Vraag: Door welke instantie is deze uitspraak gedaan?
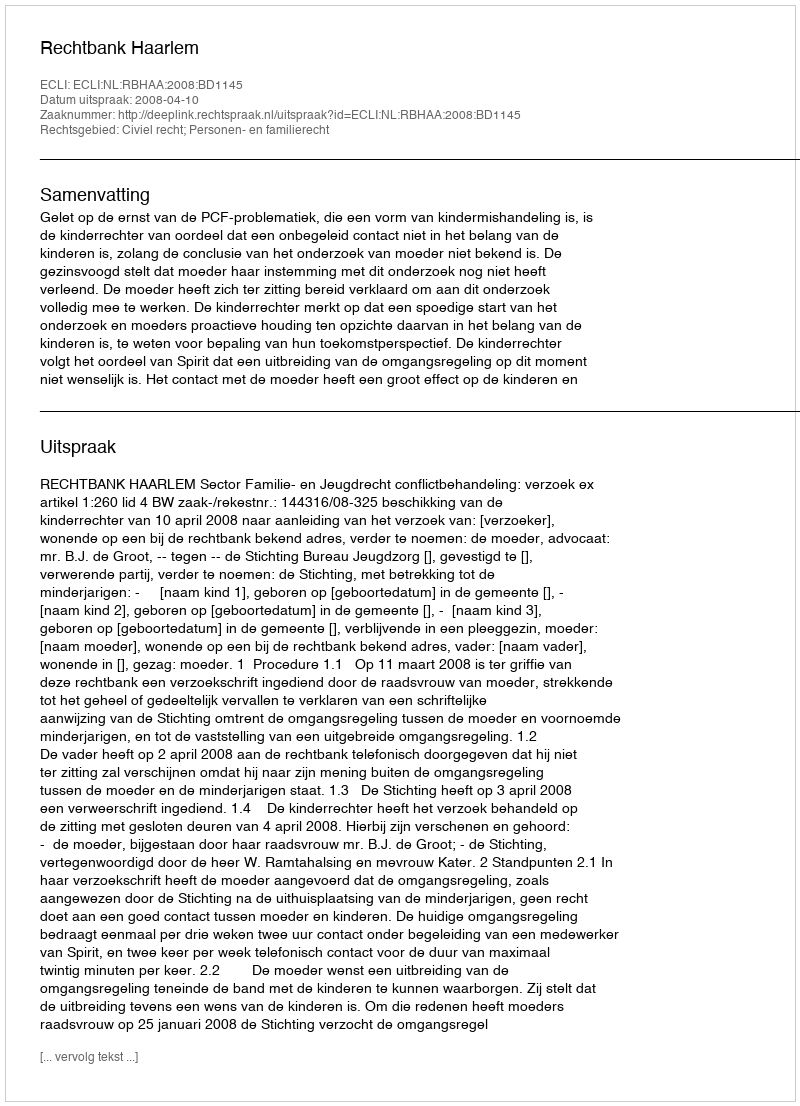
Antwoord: Rechtbank Haarlem